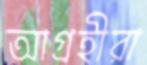
আগ্রহীরা